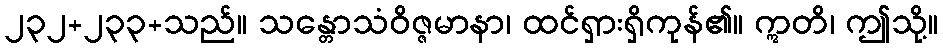
၂၃၂+၂၃၃+သည်။ သန္တောသံဝိဇ္ဇမာနာ၊ ထင်ရှားရှိကုန်၏။ ဣတိ၊ ဤသို့။